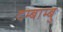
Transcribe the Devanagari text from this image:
दम्बाम्बु